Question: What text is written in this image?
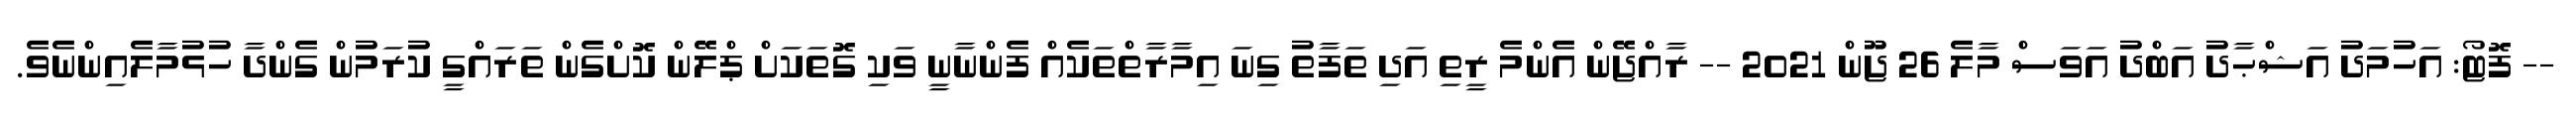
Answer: -- ފޮޓޯ: އަހުމަދު އަޝްޙާދު އަބްދު އަވަސް މާލެ 26 ޖޫން 2021 -- ރާއްޖޭން އެންމެ ރީތި އަދި ތަފާތު ގިނަ އިމާރާތްތަކެއް ފެންނާނީ ވަކި ގޮތަކަށް ޕްލޭން ކޮށްގެން ތަރައްގީ ކުރަމުން ގެންދާ ހުޅުމާލެއިންނެވެ.